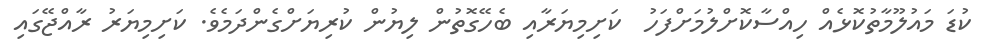
ކުޑަ މައުލޫމާތުކޮޅެއް ހިއްސާކޮށްލުމަށްފަހު  ކަށިމިޔަރާއި ބެހޭގޮތުން ލިޔުން ކުރިޔަށްގެންދަމެވެ. ކަށިމިޔަރު ރާއްޖޭގައި